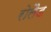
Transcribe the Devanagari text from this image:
रोलैड